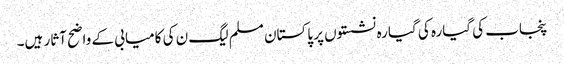
پنجاب کی گیارہ کی گیارہ نشستوں پر پاکستان مسلم لیگ ن کی کامیابی کے واضح آثار ہیں۔